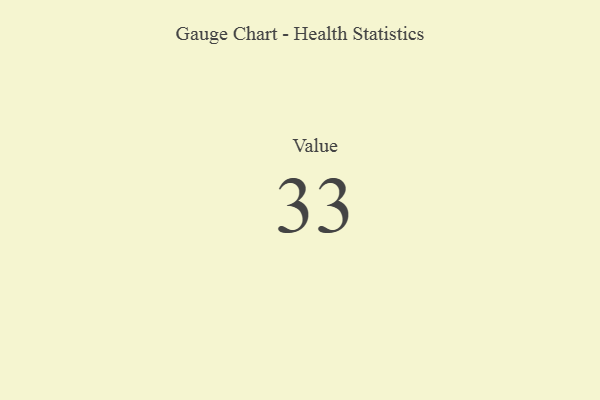
{"axis": {"x": "Metric", "y": "Value"}, "legend": [""], "data": [{"x": "Value", "y": 33, "type": ""}]}